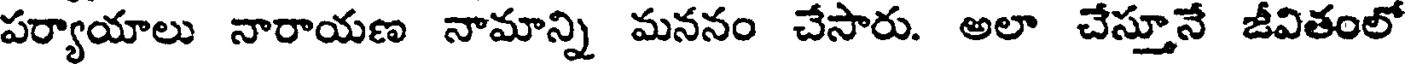
పర్యాయాలు నారాయణ నామాన్ని మననం చేసారు. అలా చేస్తూనే జీవితంలో